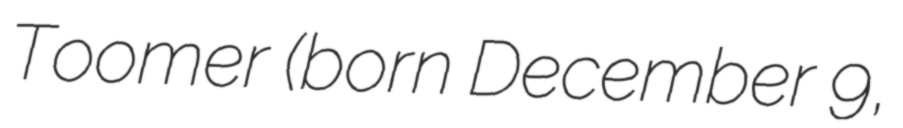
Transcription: Toomer (born December 9,